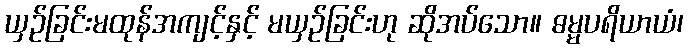
ယှဉ်ခြင်းမထုန်အကျင့်နှင့် မယှဉ်ခြင်းဟု ဆိုအပ်သော။ ဓမ္မပရိယာယံ၊